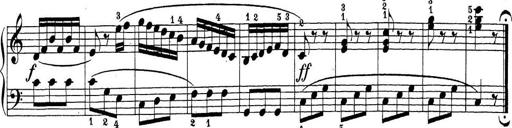
Title: Sonatina Album
Composer: Louis KÃ¶hler